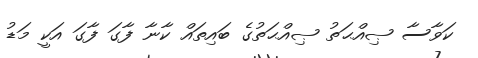
ކަވާސާ ޞިއްޙަތު ޞިއްޙަތުގެ ބައިތައް ކާނާ ފާގަ ފާގަ އަކީ މަޑު